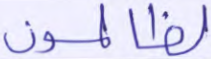
لظالمون